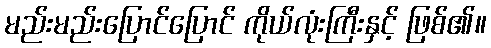
မည်းမည်းပြောင်ပြောင် ကိုယ်လုံးကြီးနှင့် ဖြစ်၏။